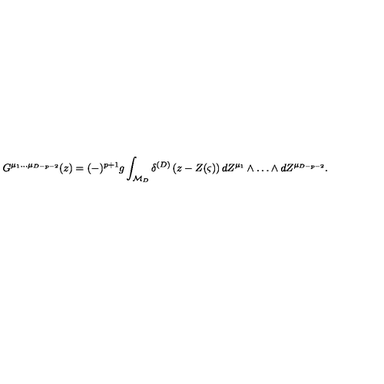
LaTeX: G ^ { \mu _ { 1 } \ldots \mu _ { D - p - 2 } } ( z ) = ( - ) ^ { p + 1 } g \int _ { { \cal M } _ { D } } \delta ^ { ( D ) } \left( z - Z ( \varsigma ) \right) d Z ^ { \mu _ { 1 } } \wedge \ldots \wedge d Z ^ { \mu _ { D - p - 2 } } .